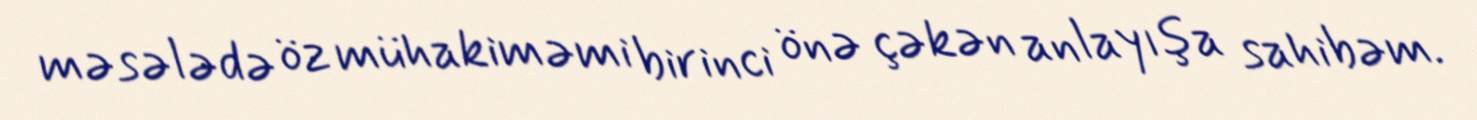
məsələdə öz mühakiməmi birinci önə çəkən anlayışa sahibəm.